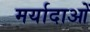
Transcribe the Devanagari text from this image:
मर्यादाआें